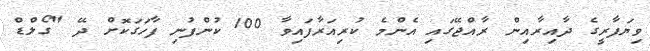
ވިޔަފާރީގެ ދާއިރާއިން ރާއްޖޭގައި އެންމެ ކުރިއަރާފައިވާ 100 ކުންފުނި ފާހަގަކޮށް ދޭ "ގޯލްޑް